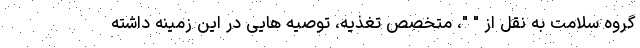
گروه سلامت به نقل از " "، متخصص تغذیه، توصیه هایی در این زمینه داشته